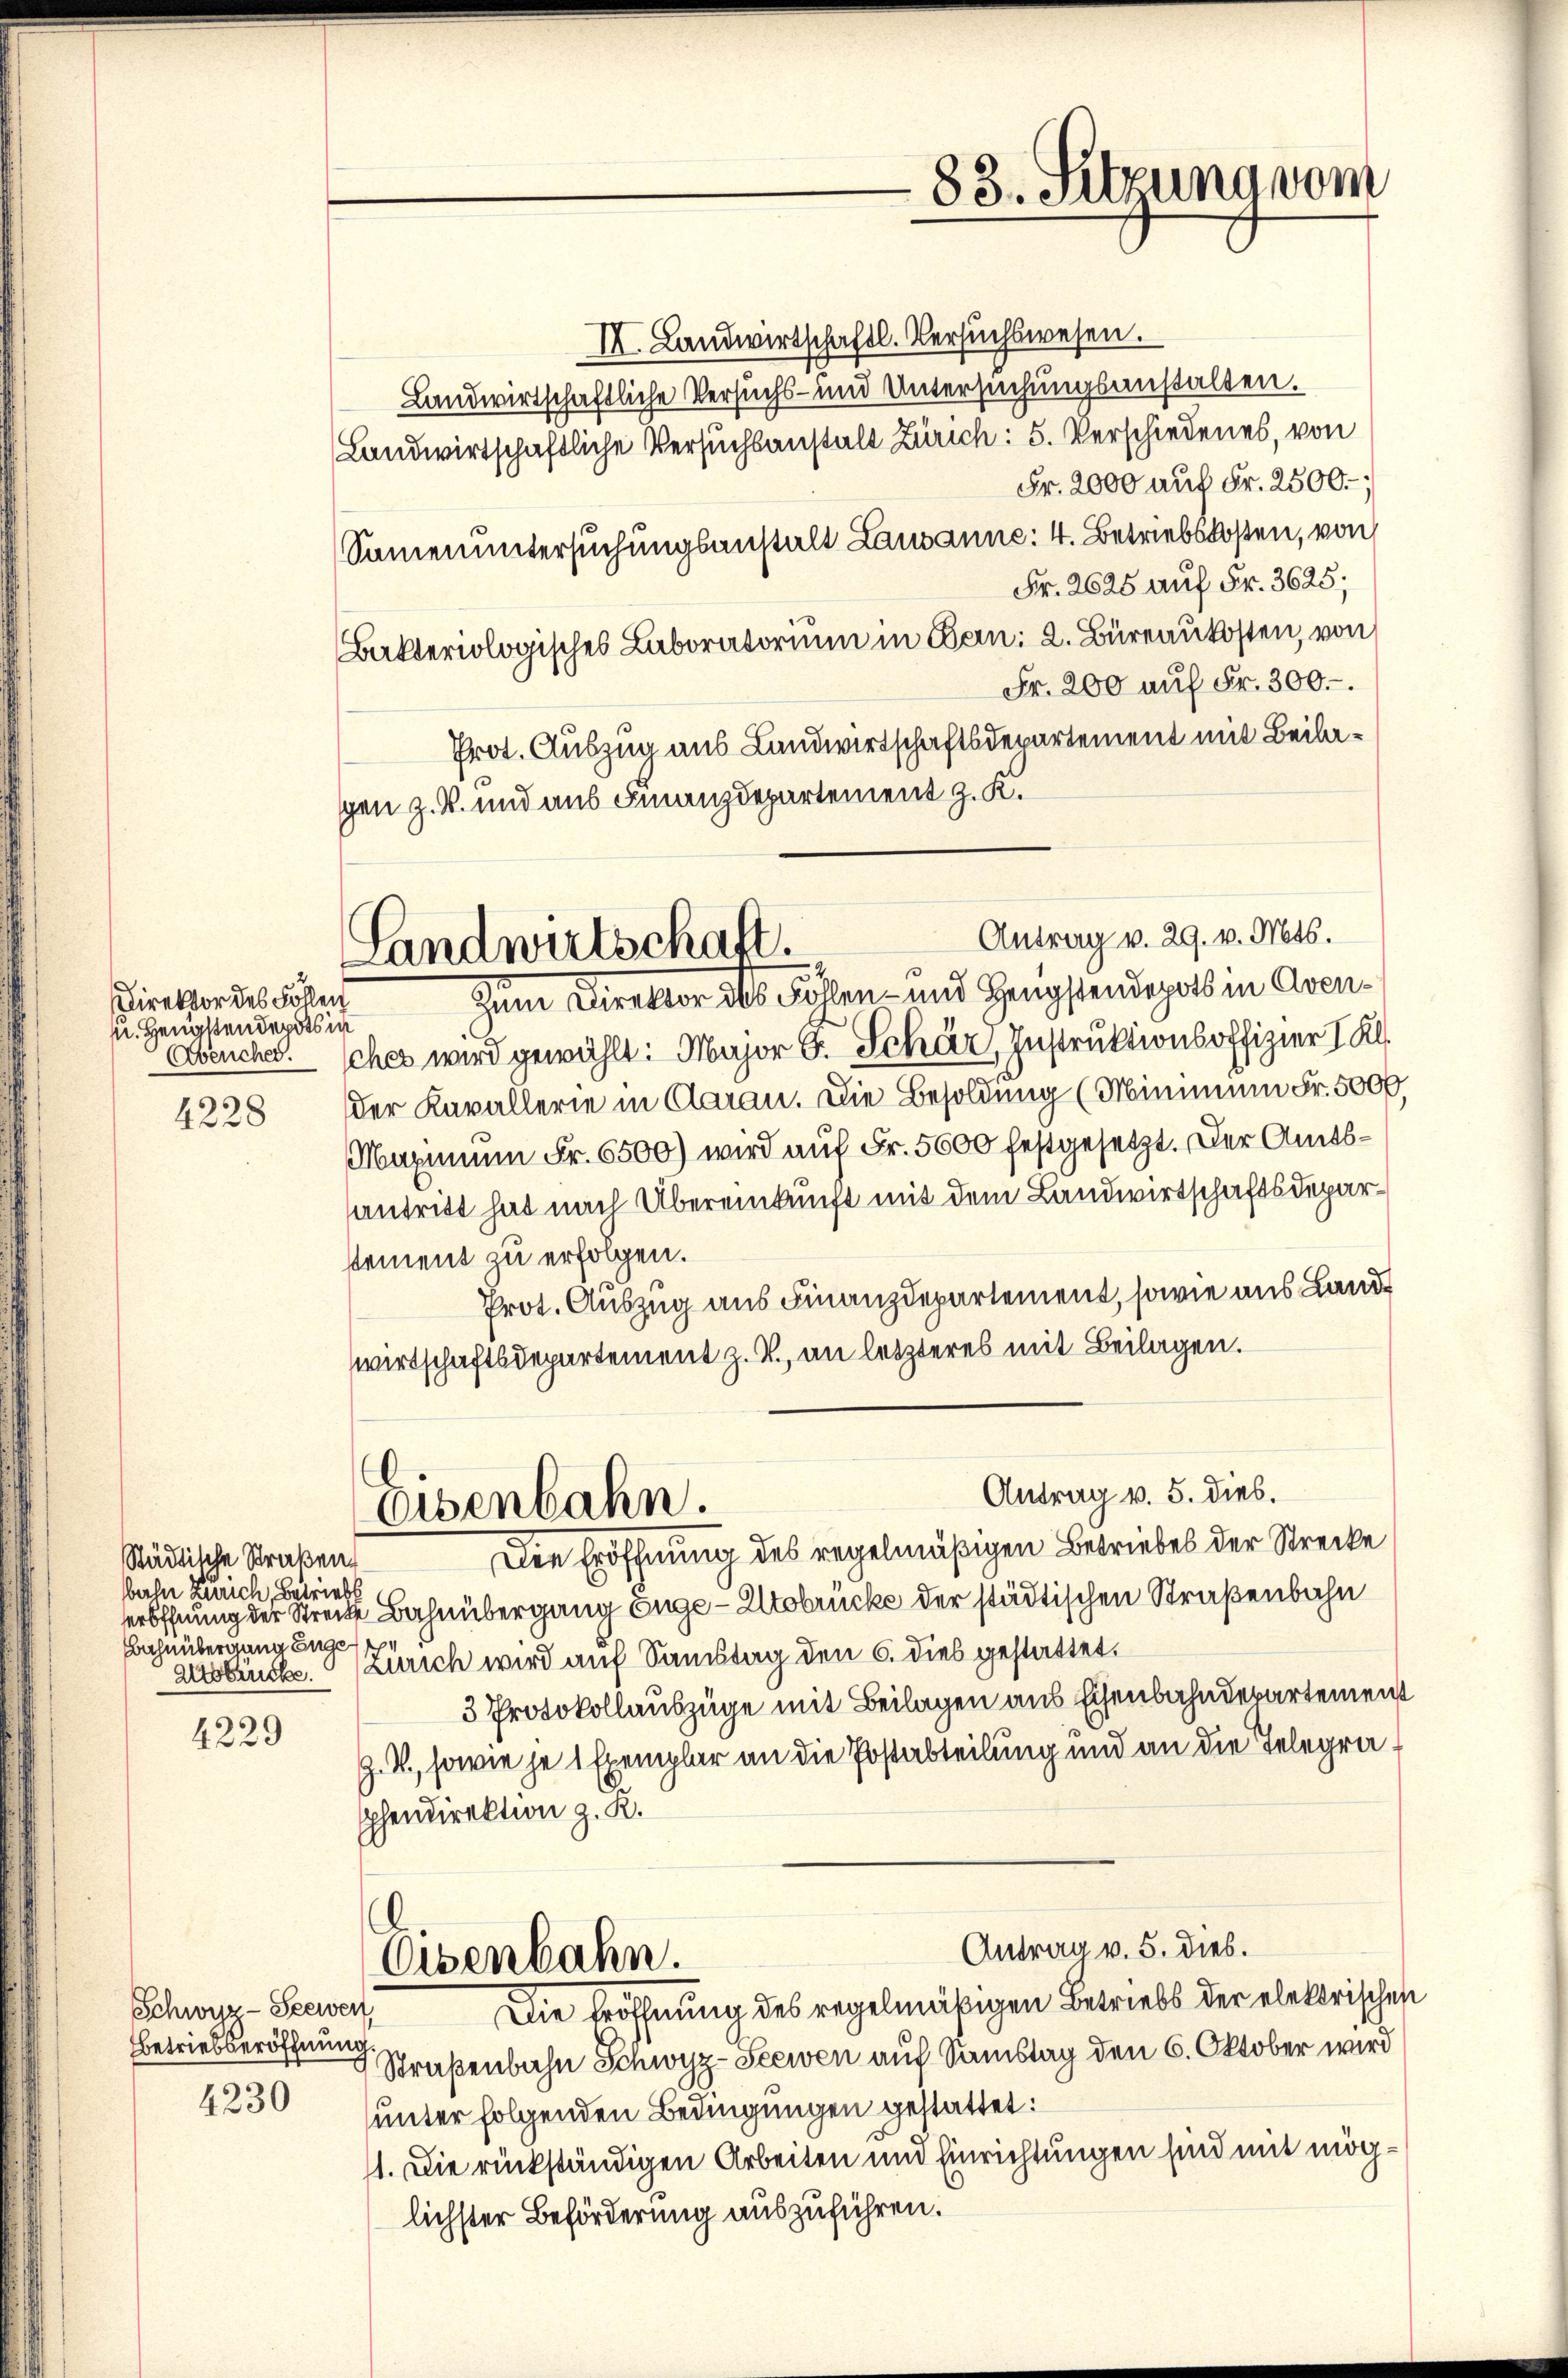
Direktor des Follen
u. Hengstendepots in
Abenches.

4228

Städtische Straßen
bahn Zürich, Betriebs
Bahnübergang Enge

4229

Schwyz - Seewen
Betriebseröffnung

4230

I. Landwirtschaftl. Versuchswesen.
Landwirtschaftliche Versuchs- und Untersuchungsanstalten.
Landwirtschaftliche Versuchsanstalt Zürich: 5. Verschiedenes, von
Fr. 2000 auf Fr. 2500.-
Samenuntersuchungsanstalt Lausanne: 4. Betriebskosten, von
Fr. 2625 auf Fr. 3625;
Bakteriologisches Laboratorium in Bern: 2. Büreaukosten, von
Fr. 200 auf Fr. 300.–.
Prot. Auszug aus Landwirtschaftsdepartement mit Beilagen z. B. und aus Finanzdepartement z. K.
Antrag v. 29. v. Mts.
Zum Direktor als Follen- und Zeugstendepart in Avenches wird gewählt: Major S. Schär, Instruktionsoffizier I Kl.
der Kavallerie in Garan. Die Besoldung (Minimum Fr. 5000.
Magmann Fr. 6500) wird auf Fr. 5600 festgesetzt. Der Amtsantritt hat nach Übereinkunft mit dem Landwirtschaftsdeparstement zu erfolgen.
Prot. Auszug aus Finanzdepartement, sowie aus Land
wirtschaftsdepartement z. Z., an letzteres mit Beilagen.
Antrag v. 5. dies.
Eisenbahn.
Die Eröffnung des regelmäßigen Betriebes der Strecke
seröffnung der Streite Bahnübergang Enge - Arobrücke der städtischen Straßenbahn
ausste. Zürich wird auf Samstag den 6. dies gestattet.
3 Protokollauszüge mit Beilagen aus Eisenbahndepartement
Z. V., sowie je 1 Exemplar an die Postabteilung und an die Telegraphendirektion z. R.
Antrag v. 5. dies.
Eisenbahn.
Die Eröffnung des regelmäßigen Betriebs der elektrischen
Straßenbahn Schwyz-Seewen auf Samstag den 6. Oktober wird
unter folgenden Bedingungen gestattet:
11. Die rückständigen Arbeiten und Einrichtungen sind mit möglichster Beförderung auszuführen.

Landwirtschaft.

83. Sitzung vom